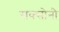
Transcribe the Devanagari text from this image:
सक्सोनी